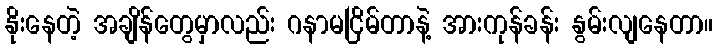
နိုးနေတဲ့ အချိန်တွေမှာလည်း ဂနာမငြိမ်တာနဲ့ အားကုန်ခန်း နွမ်းလျနေတာ။